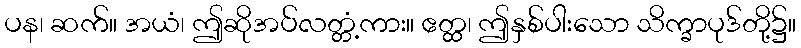
ပန၊ ဆက်။ အယံ၊ ဤဆိုအပ်လတ္တံ့ကား။ ဧတ္ထ၊ ဤနှစ်ပါးသော သိက္ခာပုဒ်တို့၌။